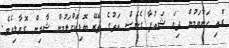
ރޮއި ހަނާވަމުން ދިޔަ ޝައުފާ ގެނެސް އަތުގެ ތެރޭ ބޮޑިކޮށްލަމުން ޝާމިން ގޮވާލިއެވެ.